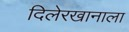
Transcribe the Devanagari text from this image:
दिलेरखानाला